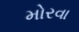
મોરવા